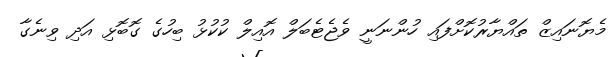
މެޔޮނައިޒް ތައްޔާރުކޮށްފައި ހުންނަނީ ވެޖެޓެބަލް އޮއިލް ކުކުޅު ބިހުގެ ގޮބޮޅި އަދި ވިނެގާ